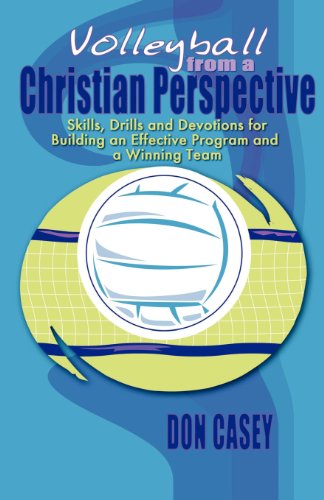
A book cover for Volleyball from a Christian Perspective; Donald Casey; Sports & Outdoors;